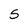
Character: S